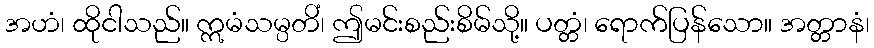
အဟံ၊ ထိုငါသည်။ ဣမံသမ္ပတိံ၊ ဤမင်းစည်းစိမ်သို့။ ပတ္တံ၊ ရောက်ပြန်သော။ အတ္တာနံ၊